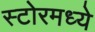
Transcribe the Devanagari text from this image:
स्टोरमध्ये